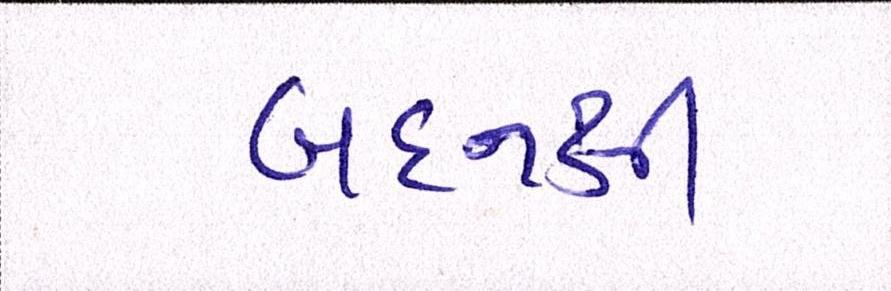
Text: બદનક્ષી